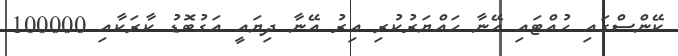
ކޭންސްގައި ހުއްޓައި އޭނާ ހައްޔަރުކުރި އިރު އޭނާ ދިޔައީ އަގުބޮޑު ކާރަކާއި 100000